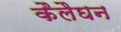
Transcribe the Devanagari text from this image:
कैलैघन